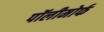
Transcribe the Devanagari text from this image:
पॉलीमोर्फ